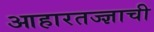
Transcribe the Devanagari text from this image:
आहारतज्‍ज्ञाची